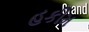
હકીમ